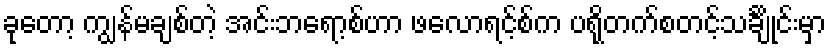
ခုတော့ ကျွန်မချစ်တဲ့ အင်းဘရော့စ်ဟာ ဖလောရင့်စ်က ပရိုတက်စတင့်သင်္ချိုင်းမှာ